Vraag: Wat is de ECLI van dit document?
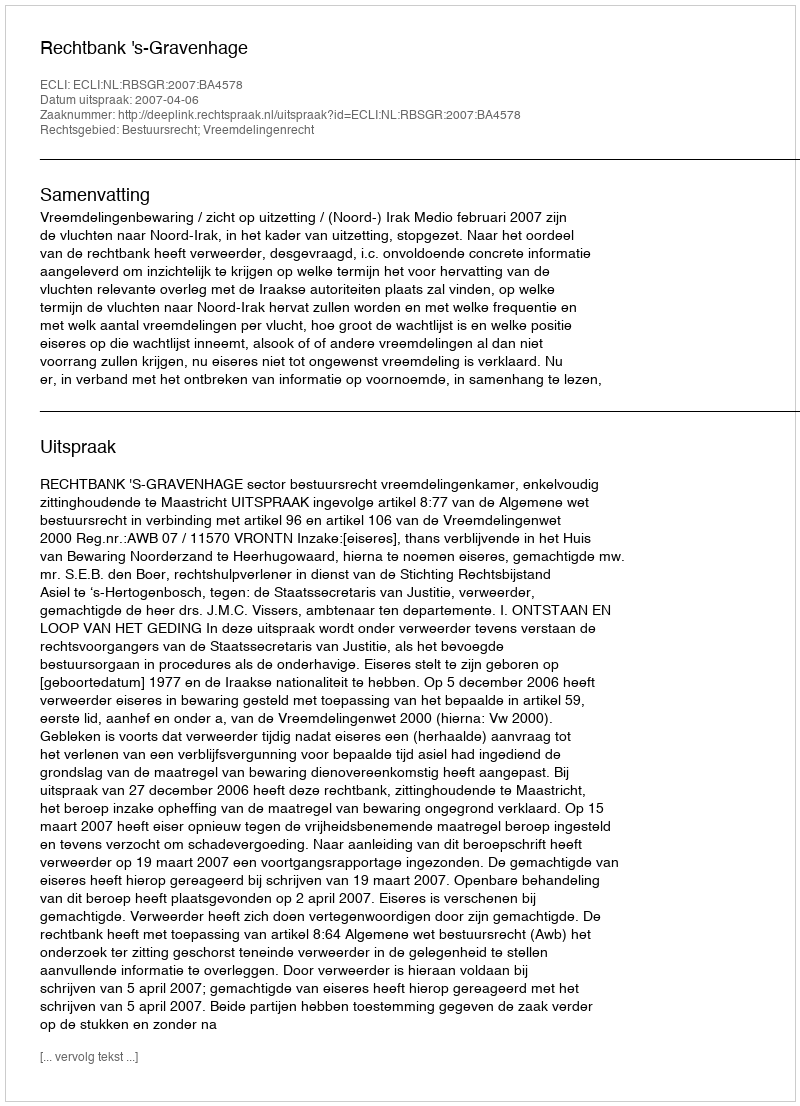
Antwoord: ECLI:NL:RBSGR:2007:BA4578